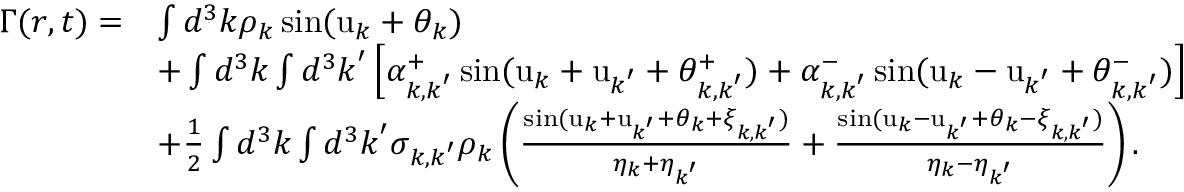
\begin{array} { r l } { \Gamma ( \boldsymbol { r } , t ) = } & { \int d ^ { 3 } \boldsymbol { k } \rho _ { \boldsymbol { k } } \sin ( \mathrm { u } _ { \boldsymbol { k } } + \theta _ { \boldsymbol { k } } ) } \\ & { + \int d ^ { 3 } \boldsymbol { k } \int d ^ { 3 } \boldsymbol { k } ^ { \prime } \left[ \alpha _ { \boldsymbol { k } , \boldsymbol { k } ^ { \prime } } ^ { + } \sin ( \mathrm { u } _ { \boldsymbol { k } } + \mathrm { u } _ { \boldsymbol { k } ^ { \prime } } + \theta _ { \boldsymbol { k } , \boldsymbol { k } ^ { \prime } } ^ { + } ) + \alpha _ { \boldsymbol { k } , \boldsymbol { k } ^ { \prime } } ^ { - } \sin ( \mathrm { u } _ { \boldsymbol { k } } - \mathrm { u } _ { \boldsymbol { k } ^ { \prime } } + \theta _ { \boldsymbol { k } , \boldsymbol { k } ^ { \prime } } ^ { - } ) \right] } \\ & { + \frac { 1 } { 2 } \int d ^ { 3 } \boldsymbol { k } \int d ^ { 3 } \boldsymbol { k } ^ { \prime } \sigma _ { \boldsymbol { k } , \boldsymbol { k } ^ { \prime } } \rho _ { \boldsymbol { k } } \left( \frac { \sin ( \mathrm { u } _ { \boldsymbol { k } } + \mathrm { u } _ { \boldsymbol { k } ^ { \prime } } + \theta _ { \boldsymbol { k } } + \xi _ { \boldsymbol { k } , \boldsymbol { k } ^ { \prime } } ) } { \eta _ { \boldsymbol { k } } + \eta _ { \boldsymbol { k } ^ { \prime } } } + \frac { \sin ( \mathrm { u } _ { \boldsymbol { k } } - \mathrm { u } _ { \boldsymbol { k } ^ { \prime } } + \theta _ { \boldsymbol { k } } - \xi _ { \boldsymbol { k } , \boldsymbol { k } ^ { \prime } } ) } { \eta _ { \boldsymbol { k } } - \eta _ { \boldsymbol { k } ^ { \prime } } } \right) . } \end{array}